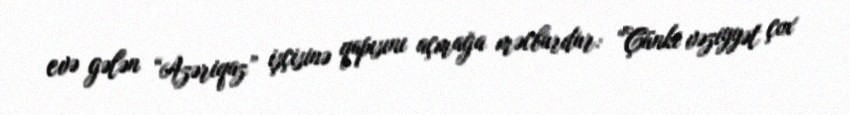
evə gələn “Azəriqaz” işçisinə qapısını açmağa məcburdur: “Çünki vəziyyət çox